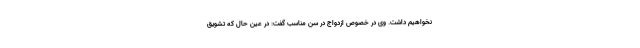
نخواهیم داشت. وی در خصوص ازدواج در سن مناسب گفت: در عین حال که تشویق